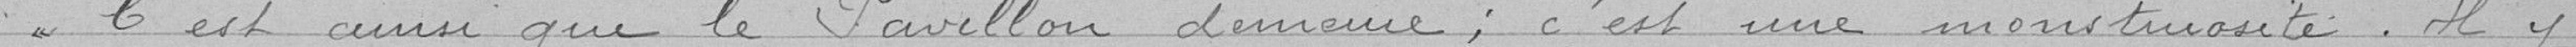
C'est ainsi que le Pavillon demeure; c'est une monstruosité. Il y